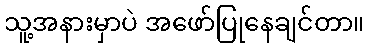
သူ့အနားမှာပဲ အဖော်ပြုနေချင်တာ။